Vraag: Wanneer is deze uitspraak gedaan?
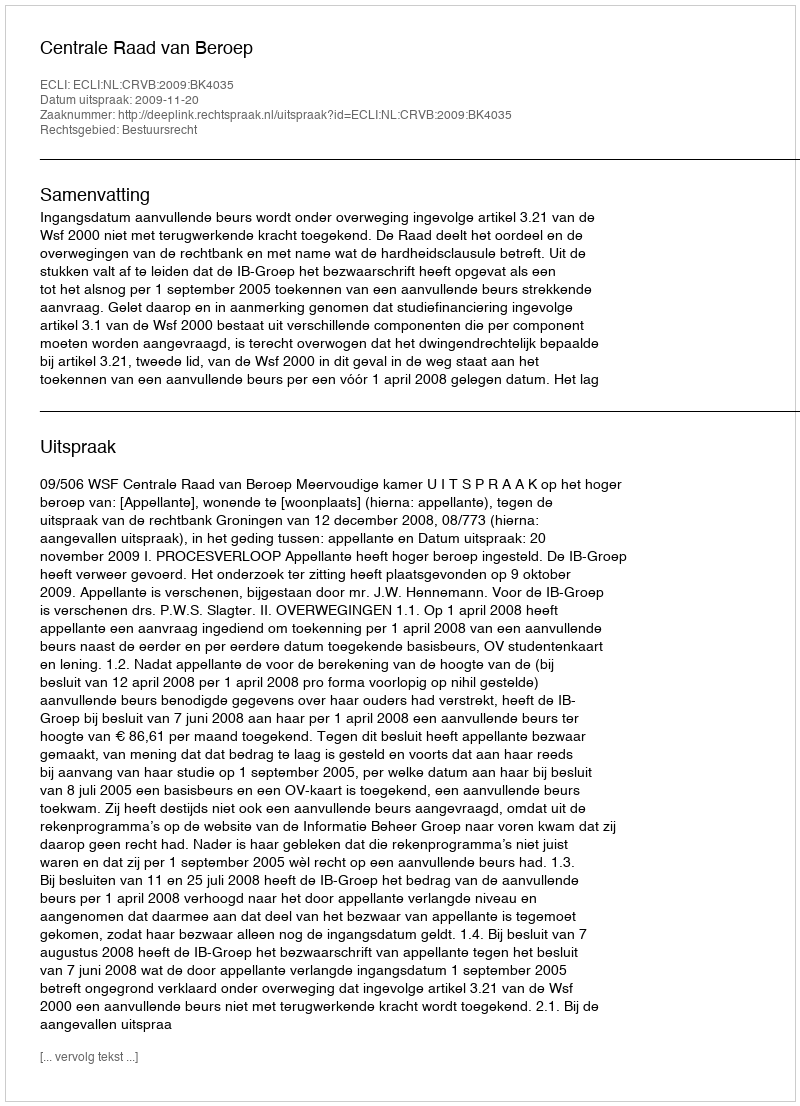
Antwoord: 2009-11-20